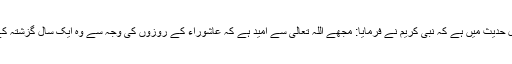
سیدنا قتادہؓ سے مروی ایک طویل حدیث میں ہے کہ نبی کریمؐ نے فرمایا: مجھے اللہ تعالیٰ سے امید ہے کہ عاشوراء کے روزوں کی وجہ سے وہ ایک سال گزشتہ کے گناہوں کو معاف فرما دے گا۔